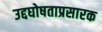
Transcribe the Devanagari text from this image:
उद्दघोषताप्रसारक